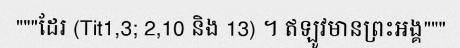
"""ដែរ (Tit1,3; 2,10 និង 13) ។ ឥឡូវមានព្រះអង្គ"""